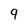
Character: 9